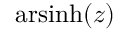
\operatorname { a r s i n h } ( z )